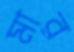
মার